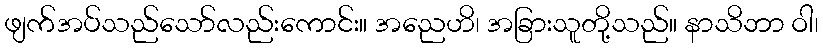
ဖျက်အပ်သည်သော်လည်းကောင်း။ အညေဟိ၊ အခြားသူတို့သည်။ နာသိဘာ ဝါ၊